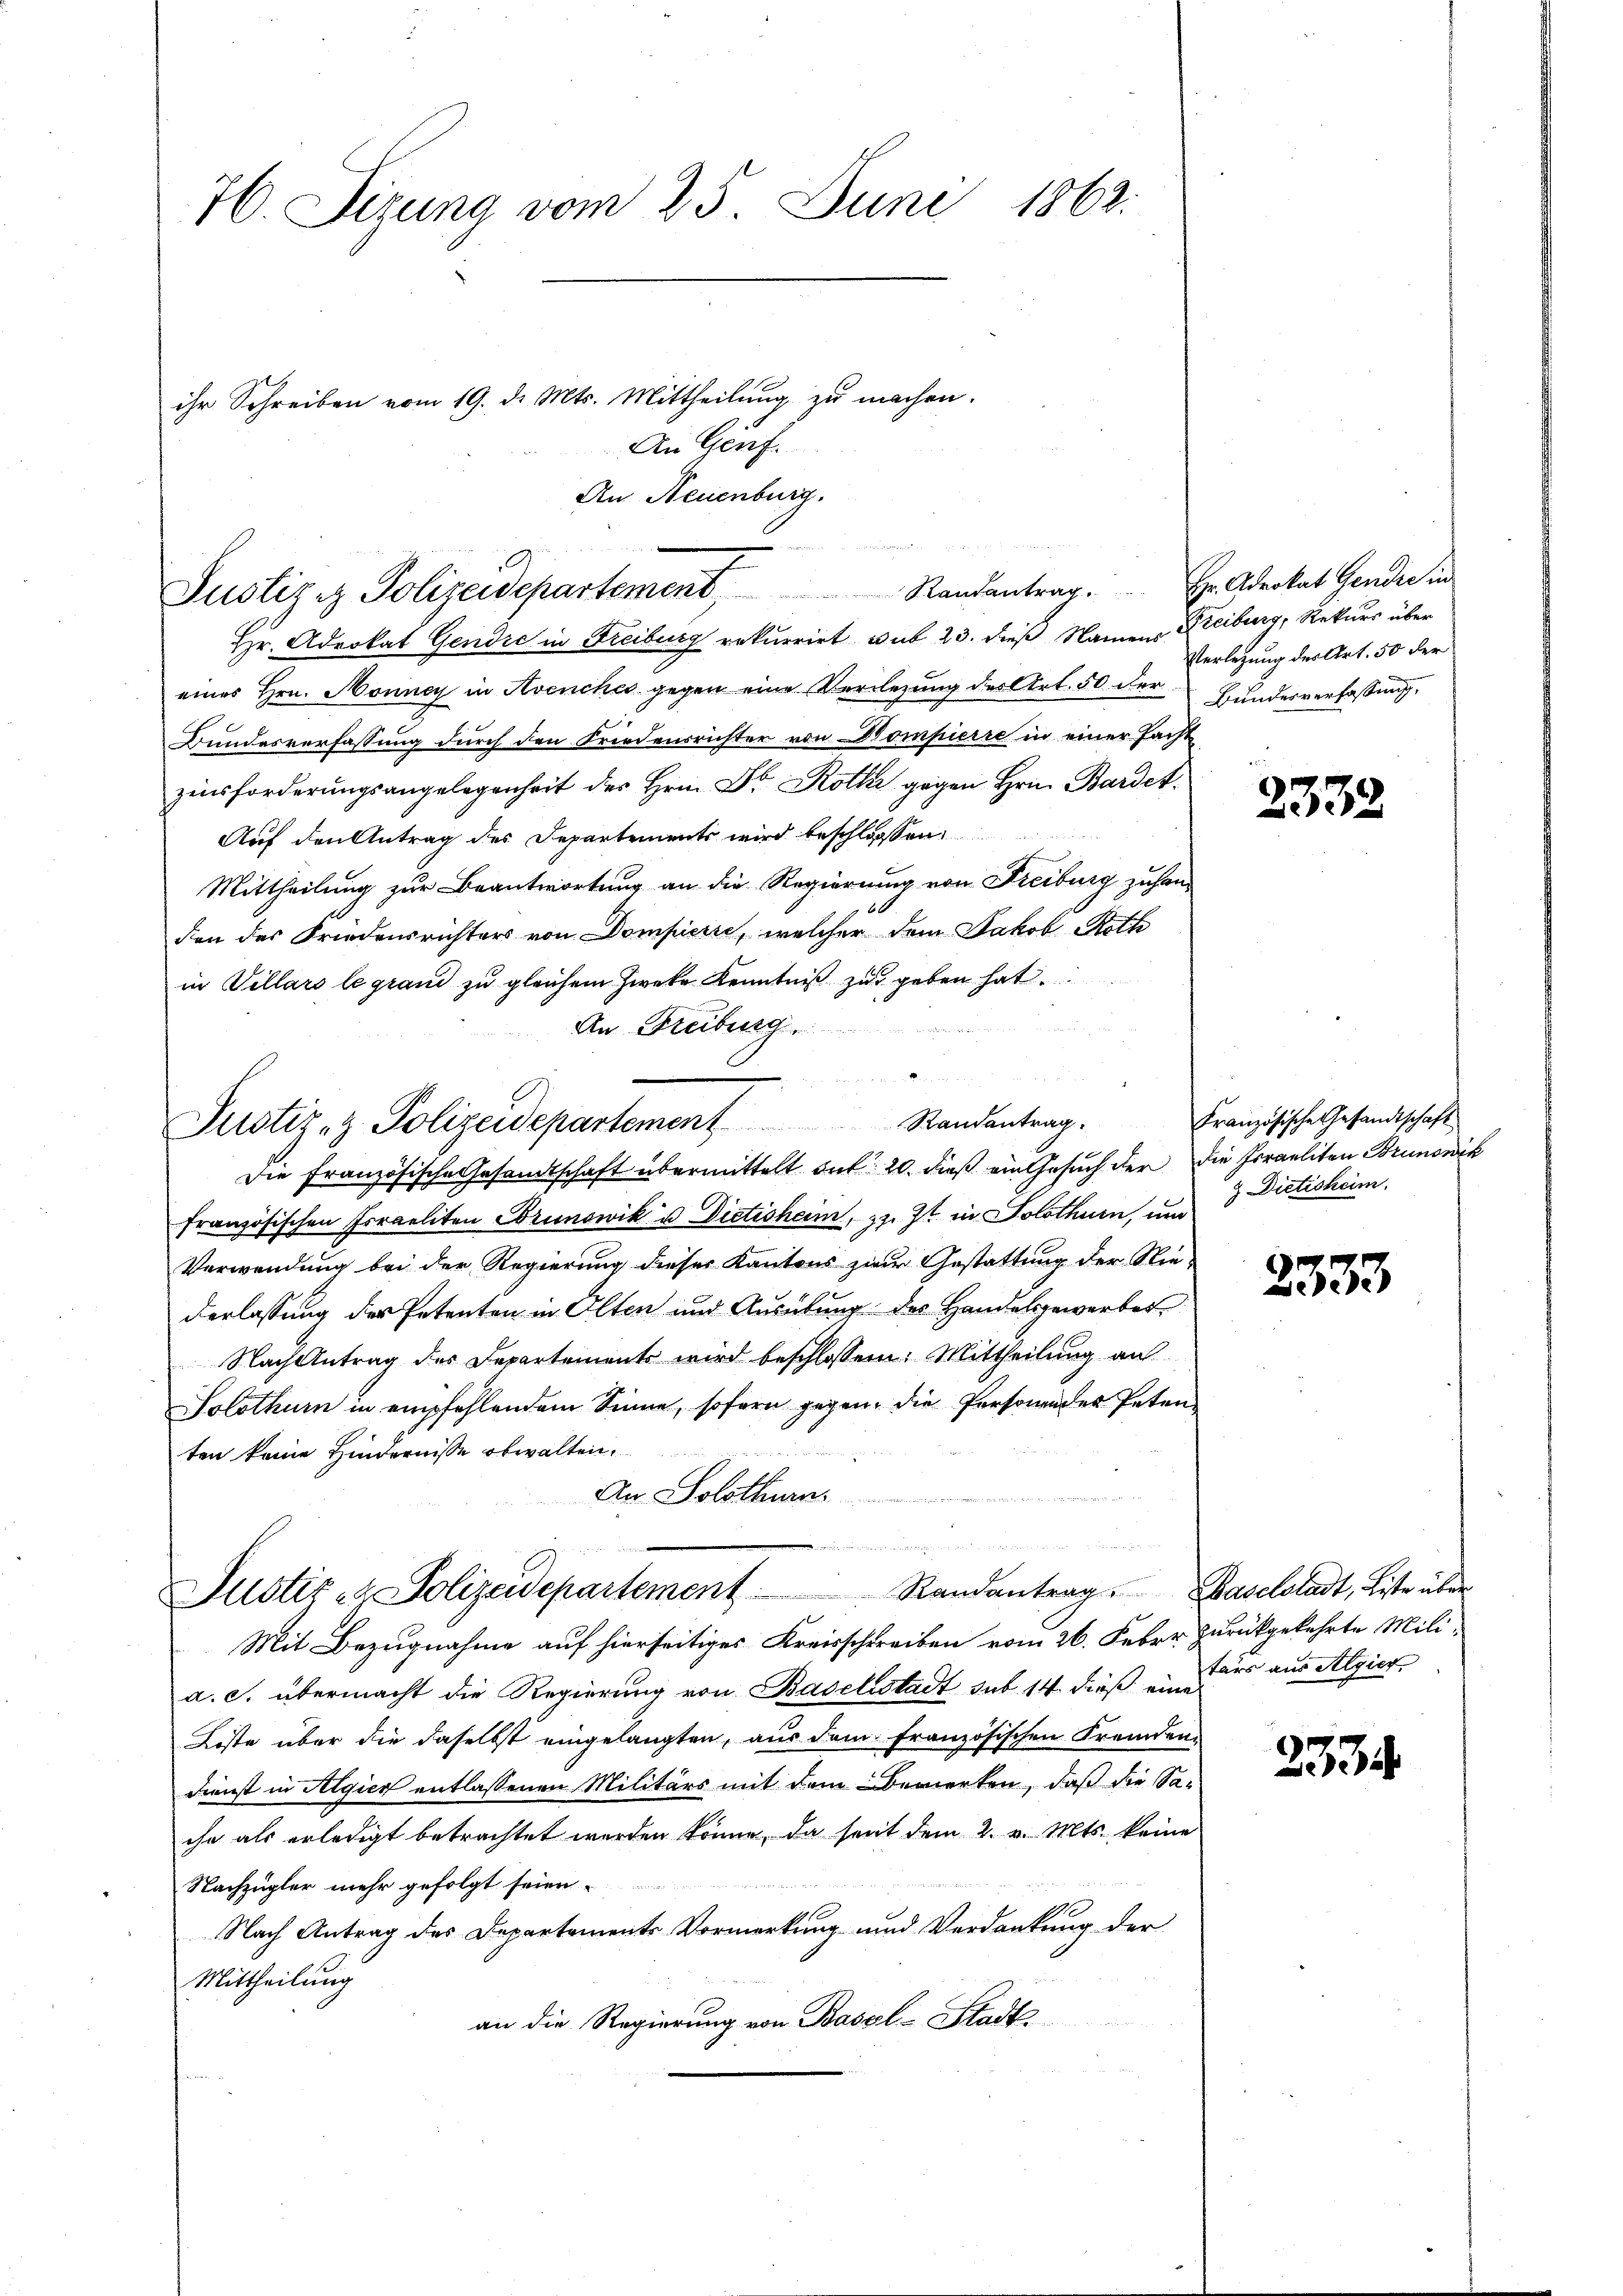
H. Sizung vom 25. Juni 1862.
ihr Schreiben vom 19. d. Mts. Mittheilung zu machen.

Justiziz Polizeidepartement, Randantrag. Hr. Advokat Gender in

An Genf.
An Neuenburg.

Hr. Advokat Gendre in Freiburg rekurrirt sub 23. dieß Namens Freiburg, Rekurs über
eines Hrn. Honney in Avenches gegen eine Versezung des Art. 50 der Bundesverfassung
Bundesverfassung durch den Friedensrichter von Kompierre in einer Facht
zinsforderungsangelegenheit des Hrn. Dr. Roth gegen Hrn. Bardet.
Auf den Antrag des Departements wird beschlossen:
Mittheilung zur Beantwortung an die Regierung von Freiburg zuhanden des Friedensrichters von Dompierre, welcher dem Jakob Roth
in Villars le grand zu gleichem Zwecke Kenntniß zu geben hat.
An Freiburg.
Die Französische Gesandtschaft übermittelt das 20. dieß ein Gesuch der die Israeliten Brunonik
französischen Israeliten Brunowik u. Dietisheim, z. Zt. in Solothurn, um
Verwendung bei der Regierung dieser Kantons zwar Gestattung der Niederlassung der Petenten in Olten und Ausübung des Handelsgewerbes
Nach Antrag des Departements wird beschlossen: Mittheilung an
Solothurn in empfehlendem Sinne, sofern gegen, die Personen des Petenten keine Hindernisse obwalten.
2
An Solothurn.
e
u den der einger
Justiz- & Polizeidepartement Randantrag. Haselstadt, Liste über
Mit Bezugnahme auf hierseitiges Kreisschreiben vom 26. Feber zurückgekehrte Mili-
a. c. übermacht die Regierung von Baselstadt sub. 14. dieß eine
Loste über die daselbst eingelangten, aus dem französischen Fremden,
Dienst in Algier entlassenen Militärs mit dem Bemerken, daß die Sa-
ihn als erledigt betrachtet werden könne, da sont dem 2. v. Mts. keine
Nachzugler mehr gefolgt seien.
Nach Antrag des Departements Vormerkung und Verdankung der
Mittheilung
an die Regierung von Basel-Stadt

Justiz, z. Polizeidepartement Randantrag.

Verlegung des Art. 50 der

2332

Französische Gesandtschaft
& Dietisheim.

2333

tärs aus Algier

2334